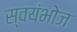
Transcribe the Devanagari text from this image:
स्वयंभोज